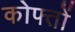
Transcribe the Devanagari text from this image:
कोफ्तों